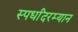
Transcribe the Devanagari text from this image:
स्पर्धांदरम्यान